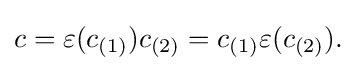
c=\varepsilon (c_{(1)})c_{(2)}=c_{(1)}\varepsilon (c_{(2)}).\;